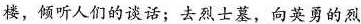
楼，倾听人们的谈话；去烈士墓，向英勇的烈